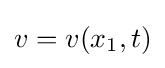
v=v(x_{1},t)